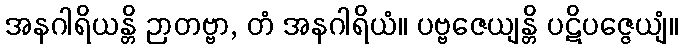
အနဂါရိယန္တိ ဉာတဗ္ဗာ, တံ အနဂါရိယံ။ ပဗ္ဗဇေယျန္တိ ပဋိပဇ္ဇေယျံ။